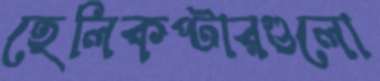
হেলিকপ্টারগুলো